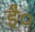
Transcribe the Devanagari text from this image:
ईं०